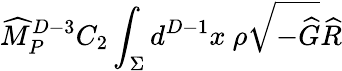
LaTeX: {\widehat M}_{P}^{D-3}C_{2}\int_{\Sigma}d^{D-1}x~\rho\sqrt{-{\widehat G}}{\widehat R}